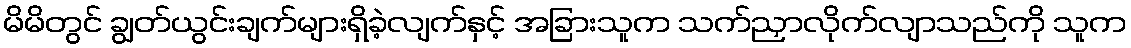
မိမိတွင် ချွတ်ယွင်းချက်များရှိခဲ့လျက်နှင့် အခြားသူက သက်ညှာလိုက်လျာသည်ကို သူက